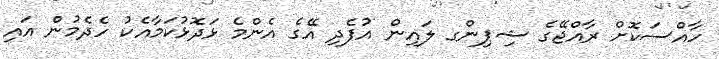
ހާއްސަކޮށް ރާއްޖޭގެ ޝިޕިންގ ލައިން އުފެދި އޭގެ އެންމެ ޅަދޮޅުކަމާއެކު ހެދެމުން އައި